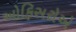
ઓફિસરોએ